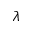
\lambda